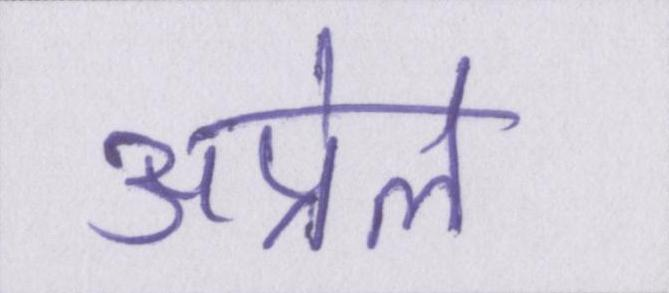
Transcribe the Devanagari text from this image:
अप्रेल